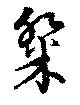
粲